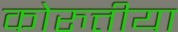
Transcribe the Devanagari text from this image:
कोरुत्तीया